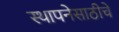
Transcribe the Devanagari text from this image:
स्थापनेसाठीचे